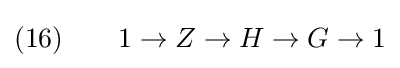
(16)\qquad 1\to Z\to H\to G\to 1